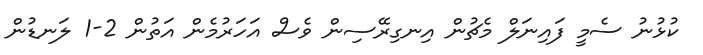
ކުޅުުނު ސެމީ ފައިނަލް މެޗުން އިނގިރޭސިން ވެސް އަހަރުމެން އަތުން 2-1 ލަނޑުން